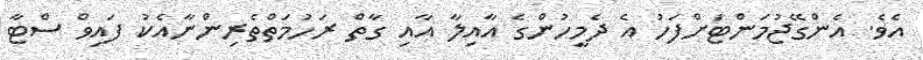
އެވެ. އެންގޭޖުމަންޓަށްފަހު އެ ދެމީހުންގެ އާއިލާ އާއި ގާތް ރަހުމަތްތެރިންނާއެކު ފައިވް ސްޓާ